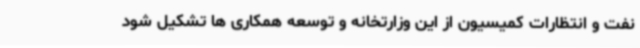
نفت و انتظارات کمیسیون از این وزارتخانه و توسعه همکاری ها تشکیل شود